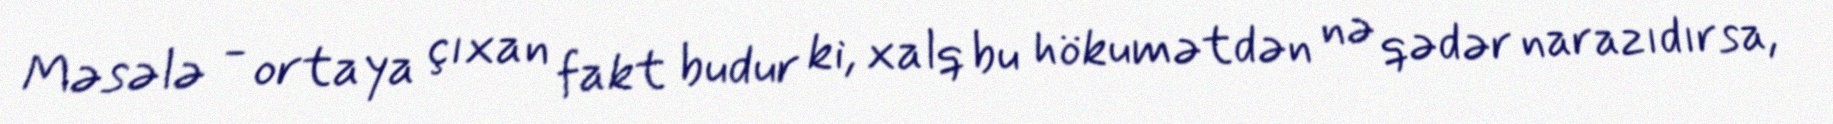
Məsələ - ortaya çıxan fakt budur ki, xalq bu hökumətdən nə qədər narazıdırsa,